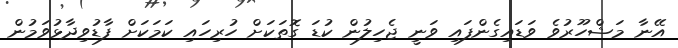
އޭނާ މަޝްހޫރުވެ ވަޑައިގެންފައި ވަނީ ޖެހިލުން ކުޑަ ގޮތަކަށް ހުރިހައި ކަމަކަށް ފާޑުވިދާޅުވަމުން